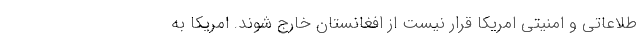
طلاعاتي و امنيتي امريكا قرار نيست از افغانستان خارج شوند. امريكا به